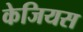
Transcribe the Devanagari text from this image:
केजियस